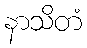
နာသိတံ